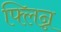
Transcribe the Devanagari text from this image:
फ्लिन्न